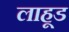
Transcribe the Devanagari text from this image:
लाहूड